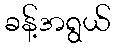
ခန့်အရွယ်